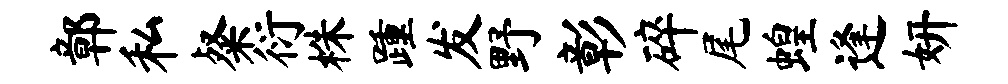
鄣私粲衍株踵发野彰碎尾蝗逢妍